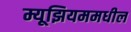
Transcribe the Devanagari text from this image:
म्यूझियममधील